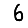
Digit: 6